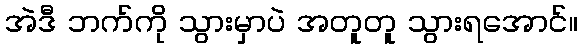
အဲဒီ ဘက်ကို သွားမှာပဲ အတူတူ သွားရအောင်။